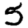
Digit: 5